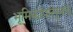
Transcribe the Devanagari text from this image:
भूमिकांपासूनच